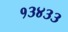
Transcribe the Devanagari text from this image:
१३४३३